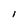
Character: l